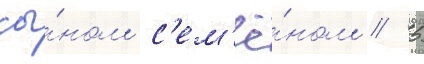
сы́ном с'ем'ё́ном // 5